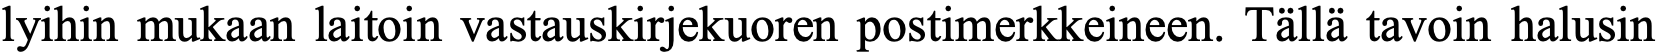
lyihin mukaan laitoin vastauskirjekuoren postimerkkeineen. Tällä tavoin halusin